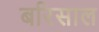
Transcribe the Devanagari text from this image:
बरिसाल